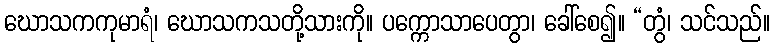
ဃောသကကုမာရံ၊ ဃောသကသတို့သားကို။ ပက္ကောသာပေတွာ၊ ခေါ်စေ၍။ “တွံ၊ သင်သည်။